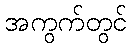
အကွက်တွင်